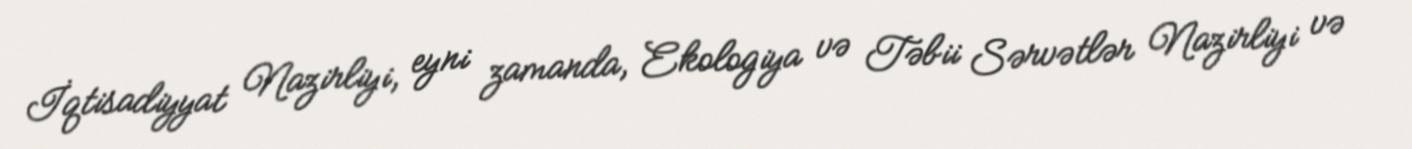
İqtisadiyyat Nazirliyi, eyni zamanda, Ekologiya və Təbii Sərvətlər Nazirliyi və